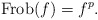
\begin{align*}\mathrm{Frob}(f)=f^p.\end{align*}